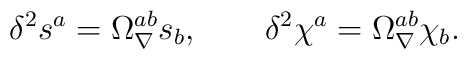
\delta^2 s^a=\Omega_\nabla^{ab} s_b,\qquad \delta^2\chi^a=\Omega_\nabla^{ab}\chi_b.